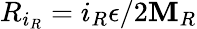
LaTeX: R_{i_{R}}=i_{R}\epsilon/2\mathbf{M}_{R}